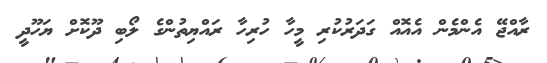
ރާއްޖޭ އެންމެން އެއޮއް ގަދަރުކުރި މީހާ ހުރިހާ ރައްޔިތުންގެ ލޯބި ދޫކޮށް ޔަހޫދީ